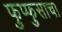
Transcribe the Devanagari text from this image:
फुप्फुसाचा